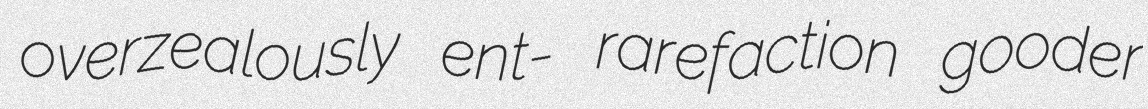
overzealously ent- rarefaction gooder